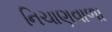
નિચાણવાળા